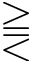
\gtreqqless